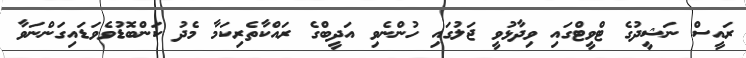
ރައީސް ނަޝީދުގެ ޓްވީޓްގައި ވިދާޅުވީ ޖަލުގައި ހުންނެވި އަދީބްގެ ރައްކާތެރިކަމާ މެދު ކަންބޮޑުވެވަޑައިގަންނަވާ